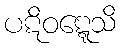
ပဋိဝဋ္ဋေသိ